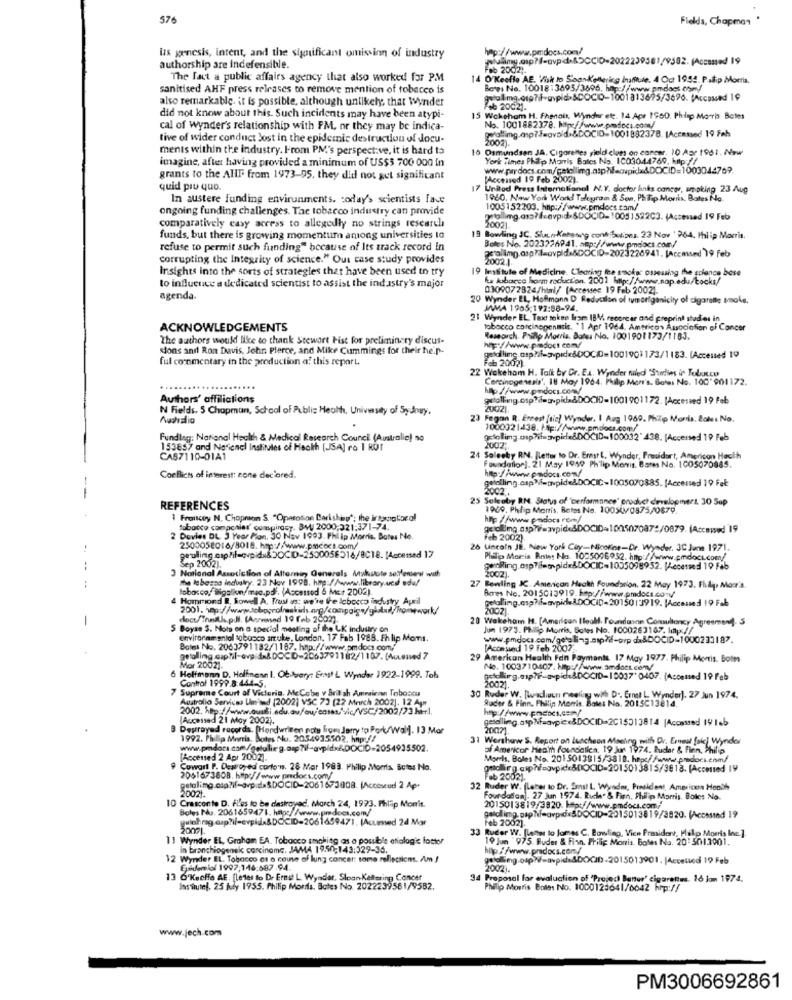
576
Fields, Chapman '
http://www.perdocs.com/
Us genesis, intent, and the significant omission of industry
fullmy.asp ?- gvpid.&OCCID-2022239381/9582. (Accessed 19
authorship are indefensible.
Feb 2002).
The fact a public affairs agency that also worked for PM
O'Keofle AE. Visk to Soank'ellerig Ininitude. 4 Oct 1952. P.sip Morris.
sanitised AHF press releases to remove mention of tobacco is
Bows No. 1001813693/3696. http://www.pmdost com/
also remarkable. it is possible, although unlikely; that Wynder
Fsb 20021.
did not know about this. Such incidents may have been atypi-
15 Wokehom H. Fhenais, Wynder ete. 14 Apr 198D. Phisp Morris Betes
cal of wynder's relationship with PM, or they may be indica-
No. 1001882378. hfpc//www.pmdocs.com/
Parallimg.asp?feavoid.&DOCID= 1001832378. IAccessed 19 Fah
tive of wider conduct Jost in the epidemic destruction of docu-
2002)
menis within the industry. From PM's perspective, it is hard to
16 Osmundsen JA. Cigarettes yield clam on cancer. 10 App 1961. Now
imagine, after having provided a minimum of US$$ 700 000 in
York Times Philip Morris Bates No. 1003044760, kap://
grants to the AUF from 1973-95, they did not get significant
[Accessed 19 Feb 2002).
quid pro quo.
17
United Press International N.Y. doctor links concwy, smoking 23 Aug
In austere funding environments. coday's scientists lave
1960. New York World Telegram & Son, Philip Morris. Bates No.
ongoing funding challenges. Tac tobacco industry can provide
1005152203. http://www.pmdocs.cam/
paolimg.ass? fcevpid.SDCCID=10051522C3. (Accessed 19 Feb
comparatively easy access to allegedly no strings research
10001
funds, but there is growing momentum aniong universities lo
19 Bowling JC. SlunKampong cont butizes. 23 Nov 264. Philip Morris.
Botes No. 2023276941. nep://www.pmdocs.com/
refuse to permit such funding" because of Its track record in
scroling. asp71=avpide&DOCID-2023220941. IAccused 19 Feb
corrupting the Integrity of science." Out case study provides
20021
Insights into the sorts of strategies that have been used to try
19 lestitute of Medicine. Clearing the smoker osseusing the science bose
ka lubacce harm reduction. 2001 http://www.nap.edu/ttocks/
to influence a dedicated scientist to assist the industry's major
0309072824/html/ [Accesses 19 Feb 2002).
agenda.
20 Wynder EL, Hoffmann D Reduction of tymorigenicity of cigarette smoke,
MAMMA 1905:192:88-94.
21 Wynder EL Taxet saken fram IBM recorcar and preprint studies in
ACKNOWLEDGEMENTS
tobacco carcinogenesis, '1 Apr 1964. Americas Association of Cancer
The authors would like to thank Stewart Fist for preliminary discus-
Research. Philip Morris, Batsi No. 1001901173/1183.
sions and Ron Davis, John Plerce, and Mike Cummings for their he."-
hhp://www.pindocs com/
ful commentary in the production a? this report,
22 Wokeham H. Talk by Gr. E.L. Wonder niled 'Stardies in Jubuco
Feb 2002)
Carcinogenesis'. 18 Moy 1964. Philip Men's. Botes No. 100' 901172.
Authors' affiliations
gufolling.osp ?despida&DOCID-1001901172. [Accessed 19 Feb
N Fields. 5 Chapman, School of Public Health, University of Sydney,
20021.
Nachsalio
23 Fegan R. Ernest (tic) Wynder. I Aug 1969. Philip Morris. Boles No.
1000021438. Hp://www.pmdocs.com/
Funding: National Health & Medical Research Council (Australie) no
153857 and National Institutes of Health [JSA] ro I RUT
2002;
CAS7110-01A1
24 Saleeby RN. Jletter to Dr. Ernst L. Wynder, Presidort, Americon Hooth
Foundation]. 21 May 19:59 Philip Morris. Bates No. 1005070885.
Conflicts of interest: cone declared.
2002
25 Soleaby RN. Status of 'performance' product development. 30 Sap
REFERENCES
1960. Philip Morris, Betes Ne. 10050/0575/0879.
1 Francey N, Chopnion S. "Operation Dariship"; the international
hp //www.padocs rom/
abotto campchier' compirosy. B4/ 2000;321:371-74.
siding.asp?v=avpide&DOCID=1005070872/0879. |Accessed 19
2 Davies DL. 3 Year Pion, 30 Nov 1993. Philip Morris. Bates No.
feb 2002).
2500058016/8018. hmp://www.pmeccs.com/
26 Lincoln JE. New York Cay-Nicotine-Dr. Wynder. 3C June 1971.
Sep 2002).
peuling.cap/il-ovpidu& SOCIO-2500056516/8018. [Accessed 17
Pluflip Moris Bains No. 1055096952. http://wwww.pmdoct.com/
3 National Association of Attorney Generals Mshacte sedlenew with
genRing.asp?ifempideADOCIC=1005098952. Mecetmed 19 Feb
the labessa industry. 23 Nov 1998. hme://www.library.uci edu/
2002).
tobacco, asgalan/mac.pd. (Accessod & Mcr 2002).
27 Bowling IC. American Hackh Foundation. 22 May 1973. Fhdy, Maar's
Bores No. 2015013919. kap://www.pmdocs.comy
4 Hommond B, Sowell A, Trust as: we're the icbocco industry April
betaling.csp ?- avpics&DOCID-2015013919. (Accessed 19 Fab
doct/Thulk.p.i. (Anneused 19 feb 2002)
20 Wakeham H. [American Ileall, l'oundann Consultancy Agreement). S
5 Boyse S. Moms on a special neating of the UK industry on
Jun 1973. Philip Morris, Botes No. 1000263167. 1y://
environmir aniol tobacco arruke, London. 17 Fab 1988. Fh lip Moms.
www.pmdocs.com/getalling.sipřif-orp da&DOCID=1000233187.
Boles No. 2063791182/1187. http://www.pmdocs.com/
[Accessed 19 Feb 2007.
getalling .captil-ove dx& DOCD-2063791182/1107. (AuLeuved 7
29
American Health Fan Paymants 17 May 1977. Philip Morris. Botes
Mor 20021.
No. 1003710407. Htp://www.amdoct.comy
6 Holfmann D. Holfinenn I. Obtery: Erast L Wynder 1922-1999. Toh
20021.
stelling.asp?ifuavpice&DOCID-10037' 0407. (Accened 19 Feb
7 Supreme Court of Victoria. AcCobe v British American Toboscu
Control 1999.8:444-5.
Australlo Services Limited (2002) VSC 73 (22 March 2002]. 12 Apr
30 Ruder W. [wadiuun meeting with D .. Ernst L Wynder]. 27 Jun 1974.
Rucer & Finn. Philip Morris. Boles No. 2015C13814.
http://www.pmdocs.com/
Accessed 21 may 2002).
getalling.asp ?faavpie .&DOCID=2015013814 |Accasand 19 leb
Destroyed records. [Handwritten noty lige Jarry to Pork/Wall. 13 Mor
20071.
1992. Phillip Morris, Botes No. 2054935502, hip:f/
Wershaw S. Report on Luncheon Meeting with Dr. Erneut faic) Wynder
of Americor Heath foundatica. 19 Jun 1974. Buder & Finn, Philip
[Accessed 2 Apr 2002].
Morris, Boles No. 2015013815/3810. hepc//www.pradocs.enm/
Cowart P. Destroyed corto's. 28 Mar 1983. Philip Morris, Sctes No.
2061673808. hepc//www.predocs.com/
Feb 20021.
2002).
32 Ruder W. (Later to Dr. Ernst L. Wyndm, President, Americe Hondh
Foundation]. 27 Jun 1974. Bude. & Firn. Philip Morris. Boles No.
Crasconto D. Files to be destroyed, March 24, 1973. Philip Monis.
Boles No. 2061659471. haps/ /www.pmdocs.com/
2015013819/3820. kep://www.pmdocs.com
yuichreg cap?if-erpida&DOCID=2061659471. (Acurved 24 Mor
Feb 2002).
30001
33 Ruder W. [Letter to James C. Bowling, Vice President, Halp Morris Inc.].
Wynder EL, Graham EA. Tobacco smoking as a possible etiolog's lottor
19 Jun 975. Ruder & Finn. Philip Morris. Boles No. 20: 5013001.
In branchiogenek carcinome. JAMA 19.50;143:329-36.
hp ///www.prdocs.com/
12 Wynder EL. Tobacco et a cause of lung cancer: some reflections. Am J
Epidemiol 1997,146:687.94.
2002).
13 6'Kacifa AE. [Letes to De Ernst L Wynder, Sloan Kettering Concer
34 Proposal for evaluation of 'Project Baner' cigarettes. 16 lom 1974.
Ins tutel. 25 july 1955. Philip Morris, Botes No. 2022239561/9582.
Philip Morris Boles No. 1000123641/0642 hrp://
www.jech.com
PM3006692861